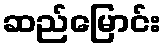
ဆည်မြောင်း